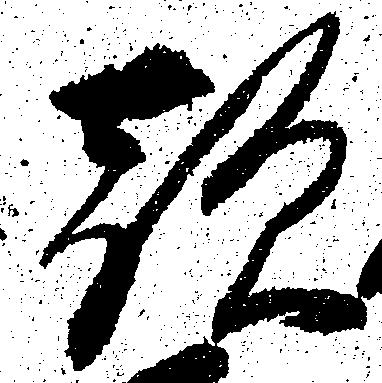
敵